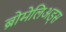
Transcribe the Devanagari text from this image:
ब्रोमेलिअड्स